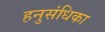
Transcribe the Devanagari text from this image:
हनुसंधिका